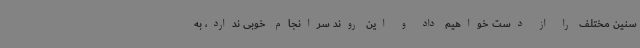
سنین مختلف را از دست خواهیم داد و این روند سرانجام خوبی ندارد، به